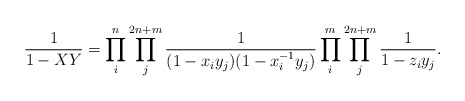
\begin{align*}\frac{1}{1-XY}=\prod^{n}_{i}\prod^{2n+m}_{j}\frac{1}{(1-x_iy_j)(1-x^{-1}_iy_j)}\prod^{m}_{i}\prod^{2n+m}_{j}\frac{1}{1-z_iy_j}.\end{align*}